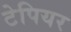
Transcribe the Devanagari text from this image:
टेपियर